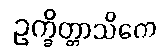
ဥက္ခိတ္တာသိကေ